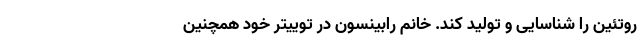
روتئین را شناسایی و تولید کند. خانم رابینسون در توییتر خود همچنین